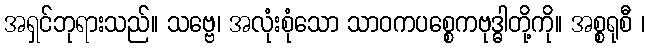
အရှင်ဘုရားသည်။ သဗ္ဗေ၊ အလုံးစုံသော သာဝကပစ္စေကဗုဒ္ဓါတို့ကို။ အစ္စရုစီ ၊